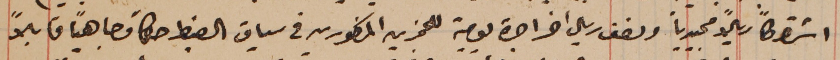
اشتراكاً ريالاً مجيدياً ونصف ريال اخر اجرة يومية للمجزين المذكورين فى سياق الضبط حكماً وجاهياً قابلاً